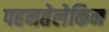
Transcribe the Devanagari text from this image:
पहनतेलेकिन